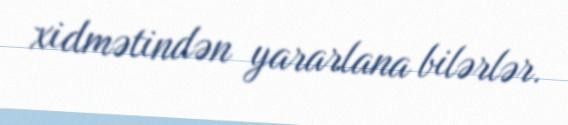
xidmətindən yararlana bilərlər.